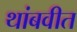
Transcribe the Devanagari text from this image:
थांबवीत